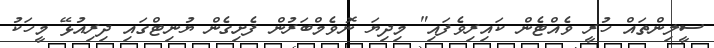
ސީލިންތައް ހުރީ ވެއްްޓެން ކައިރިވެފައި" މިދިޔަ ނޮވެމްބަރުން ފެށިގެން ޔުނިޓްގައި ދިރިއުޅޭ މީހަކު